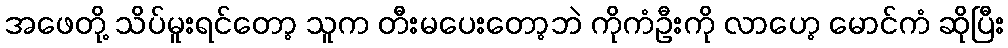
အဖေတို့ သိပ်မူးရင်တော့ သူက တီးမပေးတော့ဘဲ ကိုကံဦးကို လာဟေ့ မောင်ကံ ဆိုပြီး